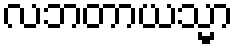
လဘတာယသ္မာ